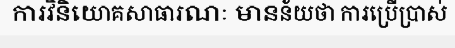
ការវិនិយោគសាធារណៈ មានន័យថា ការប្រើប្រាស់